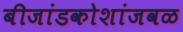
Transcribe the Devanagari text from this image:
बीजांडकोशांजवळ